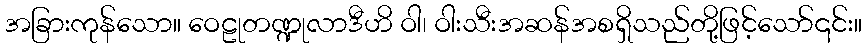
အခြားကုန်သော။ ဝေဠုတဏ္ဍုလာဒီဟိ ဝါ၊ ဝါးသီးအဆန်အစရှိသည်တို့ဖြင့်သော်၎င်း။